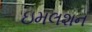
ઇમલશન